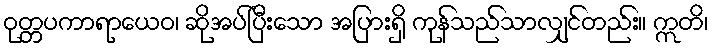
ဝုတ္တပကာရာယေဝ၊ ဆိုအပ်ပြီးသော အပြားရှိ ကုန်သည်သာလျှင်တည်း။ ဣတိ၊